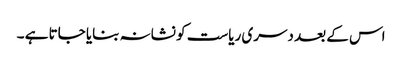
اس کے بعد دسری ریاست کو نشانہ بنایا جاتا ہے ۔